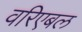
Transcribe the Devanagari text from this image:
वरिएबल